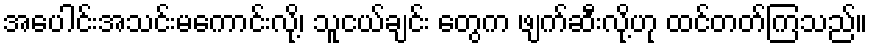
အပေါင်းအသင်းမကောင်းလို့၊ သူငယ်ချင်း တွေက ဖျက်ဆီးလို့ဟု ထင်တတ်ကြသည်။